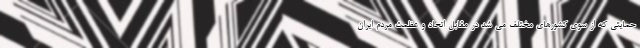
حمایتی که از سوی کشورهای مختلف می شد در مقابل اتحاد و عظمت مردم ایران